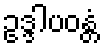
ဥဒ္ဒါပဝန္တံ